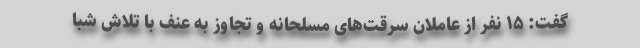
گفت: ۱۵ نفر از عاملان سرقت‌های مسلحانه و تجاوز به عنف با تلاش شبا